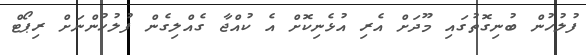
ފުލުހުން ބުނިގޮތުގައި މޫދަށް އެރި އުޅެނިކޮށް އެ ކުއްޖާ ގެއްލިގެން ފުލުހުންނަށް ރިޕޯޓް